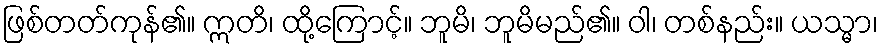
ဖြစ်တတ်ကုန်၏။ ဣတိ၊ ထို့ကြောင့်။ ဘူမိ၊ ဘူမိမည်၏။ ဝါ၊ တစ်နည်း။ ယသ္မာ၊